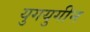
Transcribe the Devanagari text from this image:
युगयुगीन